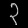
Digit: ၃